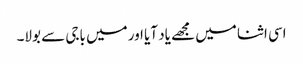
اسی اثنا میں مجھے یاد آیا اور میں باجی سے بولا۔